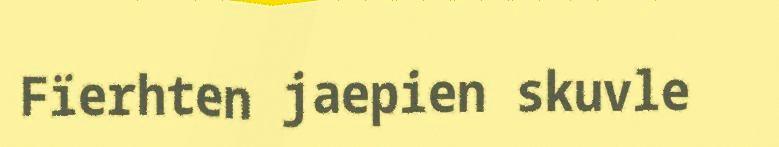
Fïerhten jaepien skuvle